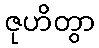
ဇုဟိတွာ